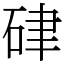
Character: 硉